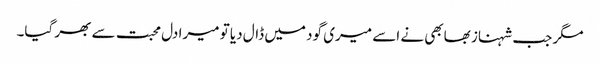
مگر جب شہناز بھابھی نے اسے میری گود میں ڈال دیا تو میرا دل محبت سے بھر گیا۔